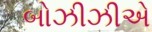
બોઝીઝીએ